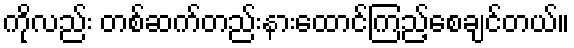
ကိုလည်း တစ်ဆက်တည်းနားထောင်ကြည့်စေချင်တယ်။